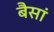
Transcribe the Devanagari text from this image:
बैसां